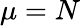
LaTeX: \mu=N